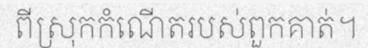
ពីស្រុកកំណើតរបស់ពួកគាត់។